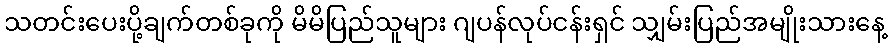
သတင်းပေးပို့ချက်တစ်ခုကို မိမိပြည်သူများ ဂျပန်လုပ်ငန်းရှင် သျှမ်းပြည်အမျိုးသားနေ့